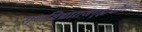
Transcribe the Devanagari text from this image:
राजविद्याराजगृह्ययोग